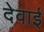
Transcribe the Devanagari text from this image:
देवाई